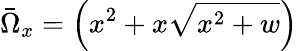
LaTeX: \bar{\Omega}_{x}=\left(x^{2}+x\sqrt{x^{2}+w}\right)